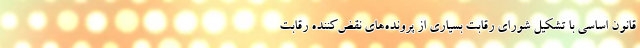
قانون اساسی با تشکیل شورای رقابت بسیاری از پرونده‌های نقض‌کننده رقابت